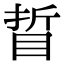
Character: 䀸